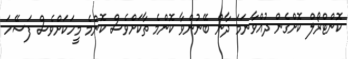
ކޮންޓްރޯލް ކޮށްގެން ދުއްވާނަމަ ދާން ބޭނުންވާ ކޮންމެ ތާކަށްވެސް ކޮންމެ މީހަކަށްވެސް ފަސޭހަ